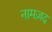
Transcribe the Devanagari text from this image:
नामज़द